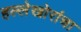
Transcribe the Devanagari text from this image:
हल्लेखोरांचा